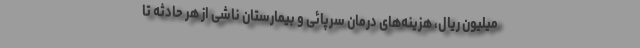
میلیون ریال، هزینه‌های درمان سرپائی و بیمارستان ناشی از هر حادثه تا